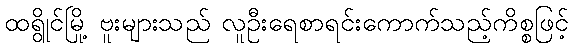
ထရွိုင်မြို့ ဗူးများသည် လူဦးရေစာရင်းကောက်သည့်ကိစ္စဖြင့်